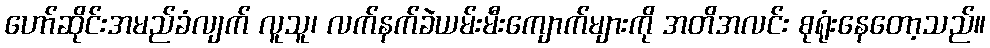
ဟော်ဆိုင်းအမည်ခံလျက် လူသူ၊ လက်နက်ခဲယမ်းမီးကျောက်များကို အတိအလင်း စုရုံးနေတော့သည်။